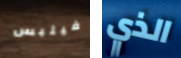
فيلبس الذي